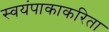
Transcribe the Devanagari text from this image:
स्वयंपाकाकरिता